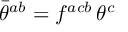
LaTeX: \bar { \theta } ^ { a b } = f ^ { a c b } \, \theta ^ { c }